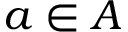
a \in A